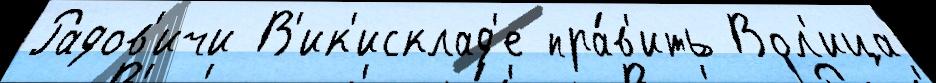
Радов'ичи В'ик'исклад'е пра́в'ить Вол'ица